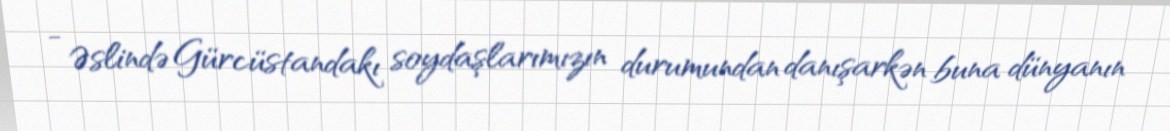
- Əslində Gürcüstandakı soydaşlarımızın durumundan danışarkən buna dünyanın